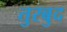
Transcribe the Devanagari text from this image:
तुरबुद